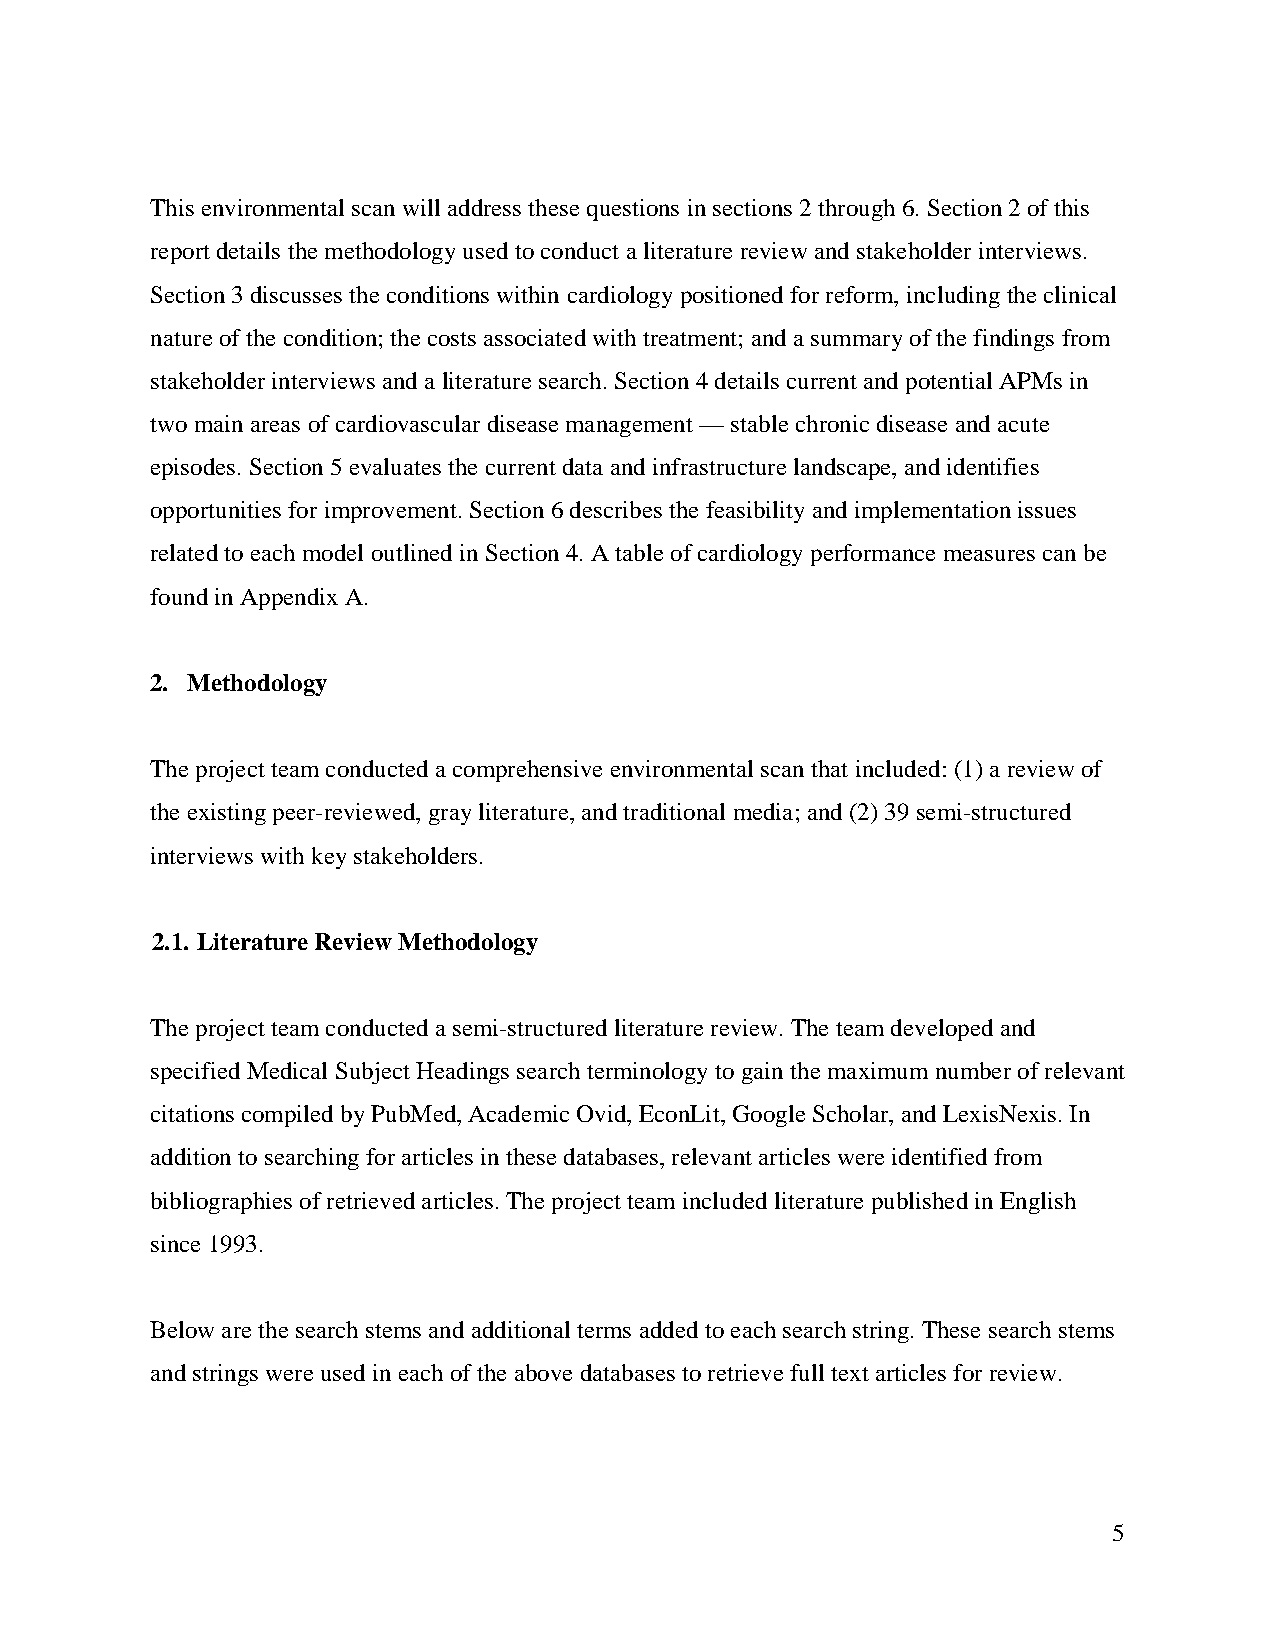
This environmental scan will address these questions in sections 2 through 6. Section 2 of this
 report details the methodology used to conduct a literature review and stakeholder interviews.
 Section 3 discusses the conditions within cardiology positioned for reform, including the clinical
 nature of the condition; the costs associated with treatment; and a summary of the findings from
 stakeholder interviews and a literature search. Section 4 details current and potential APMs in
 two main areas of cardiovascular disease management — stable chronic disease and acute
 episodes. Section 5 evaluates the current data and infrastructure landscape, and identifies
 opportunities for improvement. Section 6 describes the feasibility and implementation issues
 related to each model outlined in Section 4. A table of cardiology performance measures can be
 found in Appendix A.
 2. Methodology
 The project team conducted a comprehensive environmental scan that included: (1) a review of
 the existing peer-reviewed, gray literature, and traditional media; and (2) 39 semi-structured
 interviews with key stakeholders.
 2.1. Literature Review Methodology
 The project team conducted a semi-structured literature review. The team developed and
 specified Medical Subject Headings search terminology to gain the maximum number of relevant
 citations compiled by PubMed, Academic Ovid, EconLit, Google Scholar, and LexisNexis. In
 addition to searching for articles in these databases, relevant articles were identified from
 bibliographies of retrieved articles. The project team included literature published in English
 since 1993.
 Below are the search stems and additional terms added to each search string. These search stems
 and strings were used in each of the above databases to retrieve full text articles for review.
 5